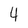
Character: 4